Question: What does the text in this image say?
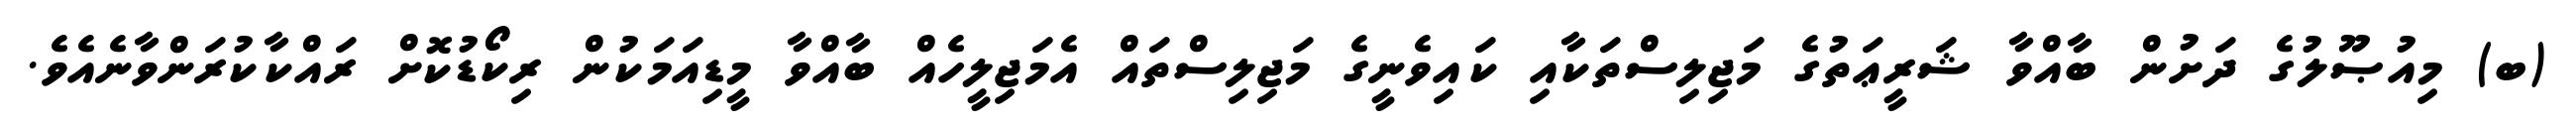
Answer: (ބ) މިއުޞޫލުގެ ދަށުން ބާއްވާ ޝަރީޢަތުގެ މަޖިލިސްތަކާއި ކައިވެނީގެ މަޖިލިސްތައް އެމަޖިލީހެއް ބާއްވާ މީޑިއަމަކުން ރިކޯޑުކޮށް ރައްކާކުރަންވާނެއެވެ.